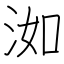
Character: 洳